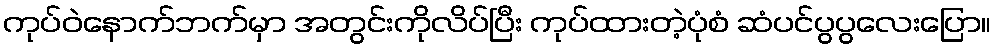
ကုပ်ဝဲနောက်ဘက်မှာ အတွင်းကိုလိပ်ပြီး ကုပ်ထားတဲ့ပုံစံ ဆံပင်ပွပွလေးပြော။